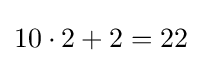
10\cdot 2+2=22